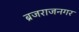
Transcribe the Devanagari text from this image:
ब्रजराजनगर